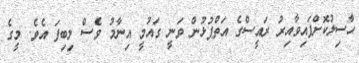
ހާސިލުކޮށްފައިވާއިރު ރައީސްގެ އަތްޕުޅުން ވަނީ ގައުމީ އިނާމު ވެސް ލިބިފަ އެވެ. މީގެ